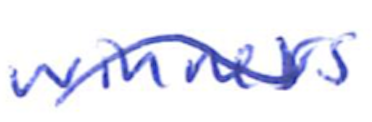
Text: winners
Cross-out: wave
Writing tool: ballpoint